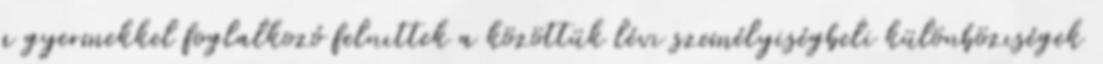
a gyermekkel foglalkozó felnıttek a közöttük lévı személyiségbeli különbözıségek